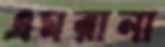
এমরানা